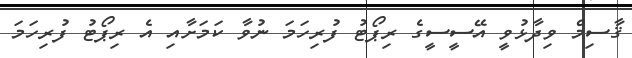
ޤާސިމް ވިދާޅުވީ އޭސީސީގެ ރިޕޯޓު ފުރިހަމަ ނުވާ ކަމަށާއި އެ ރިޕޯޓު ފުރިހަމަ